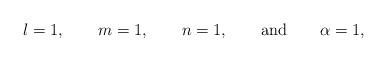
LaTeX: \begin{align*}l = 1, \qquad m = 1,\qquad n = 1, \qquad{\rm and}\qquad \alpha = 1,\end{align*}